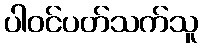
ပါဝင်ပတ်သက်သူ